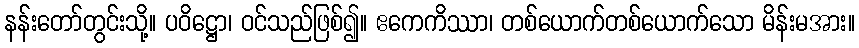
နန်းတော်တွင်းသို့။ ပဝိဋ္ဌော၊ ဝင်သည်ဖြစ်၍။ ဧကေကိဿာ၊ တစ်ယောက်တစ်ယောက်သော မိန်းမအား။